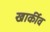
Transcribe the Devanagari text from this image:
खार्कीव